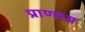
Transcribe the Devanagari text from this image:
प्राणभ्य